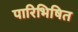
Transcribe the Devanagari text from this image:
पारिभिषित